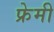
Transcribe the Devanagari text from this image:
फ्रेमी